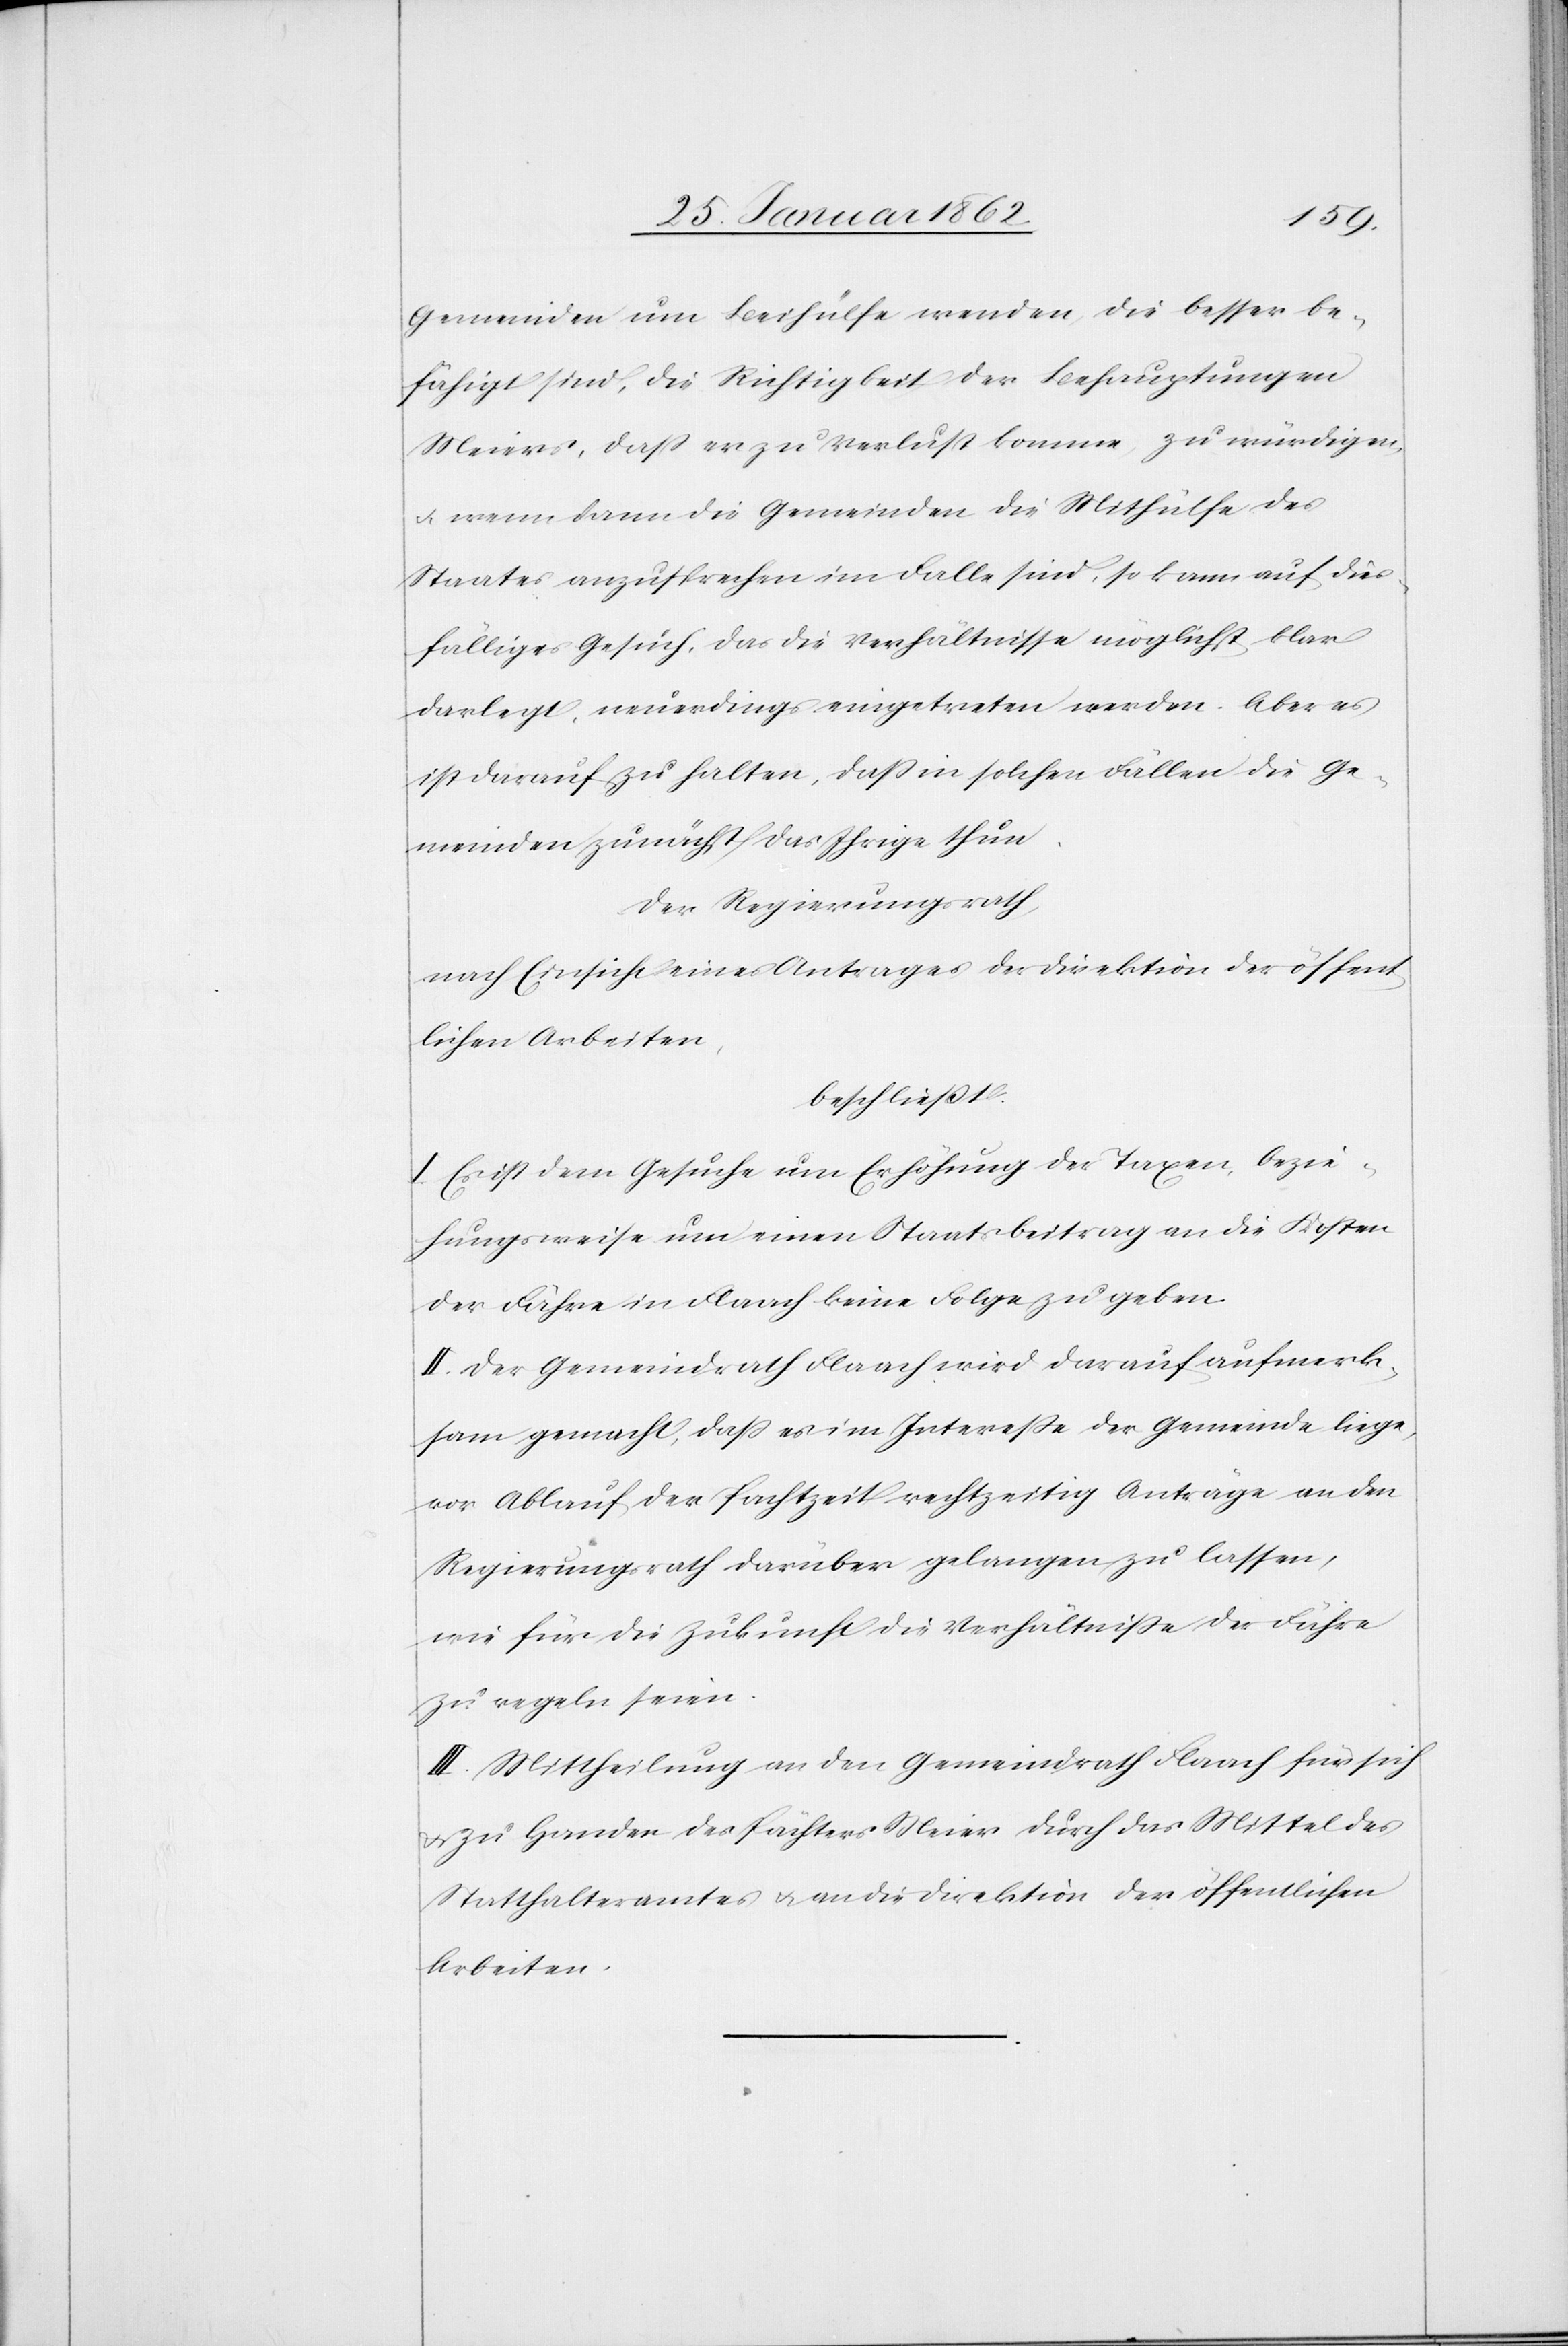
Gemeinden um Beihülfe wenden, die besser be¬
fähigt sind, die Richtigkeit der Behauptungen
Meiers, daß er zu Verlust komme, zu würdigen,
u. wenn dann die Gemeinden die Mithülfe des
Staates anzusprechen im Falle sind, so kann auf dies¬
fälliges Gesuch, das die Verhältnisse möglichst klar
darlegt, neuerdings eingetreten werden. Aber es
ist darauf zu halten, daß in sochen Fällen die Ge¬
meinden zunächst das Ihrige thun.
Der Regierungsrath,
nach Einsicht eines Antrages der Direktion der öffent¬
lichen Arbeiten,
beschließt:
I. Es ist dem Gesuche um Erhöhung der Taxen, bezie¬
hungsweise um einen Staatsbeitrag an die Kosten
der Fähre in Flaach keine Folge zu geben.
II. Der Gemeindrath Flaach wird darauf aufmerk¬
sam gemacht, daß es im Intereße der Gemeinde liege,
vor Ablauf der Pachtzeit rechtzeitig Anträge an den
Regierungsrath darüber gelangen zu lassen,
wie für die Zukunft die Verhältniße der Fähre
zu regeln seien.
III. Mittheilung an den Gemeindrath Flaach für sich
u. zu Handen des Pächters Meier durch das Mittel des
Statthalteramtes u. an die Direktion der öffentlichen
Arbeiten.